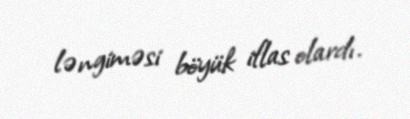
ləngiməsi böyük iflas olardı.